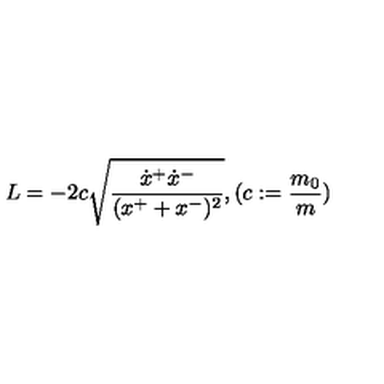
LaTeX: L = - 2 c \sqrt { \frac { \dot { x } ^ { + } \dot { x } ^ { - } } { ( x ^ { + } + x ^ { - } ) ^ { 2 } } } , ( c : = \frac { m _ { 0 } } { m } )